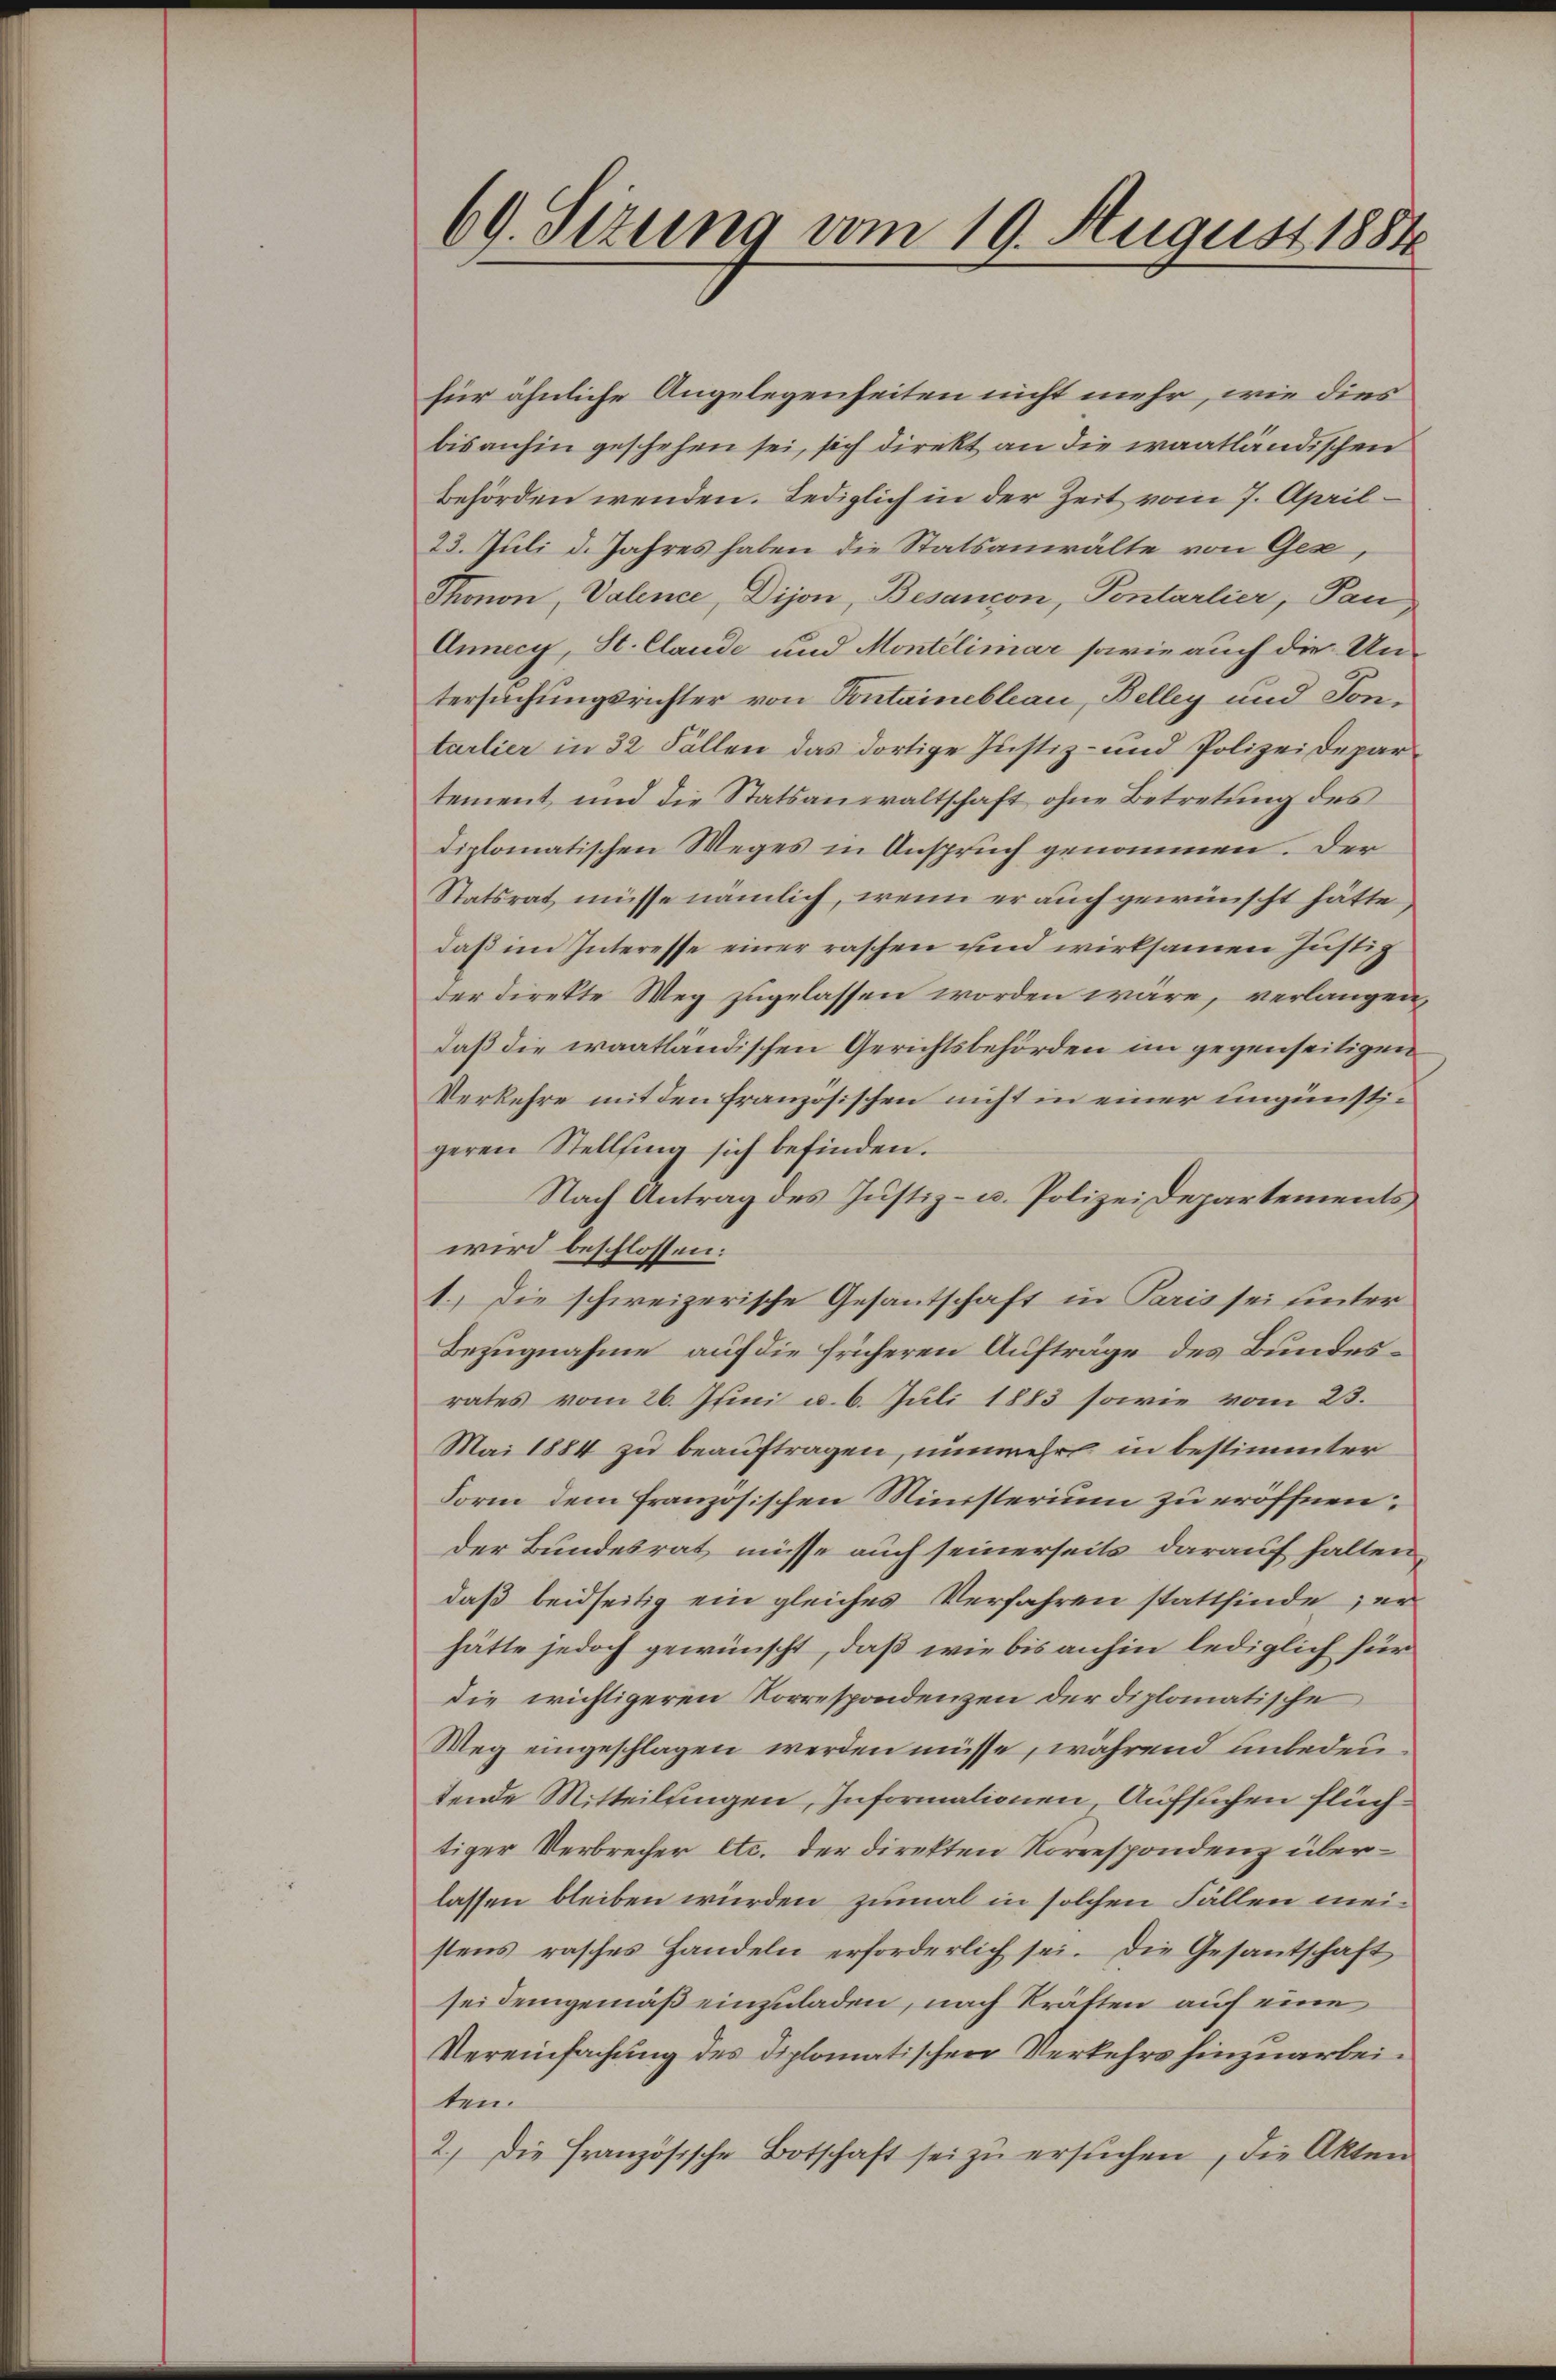
69. Sizung vom 19. August 1884

für ähnliche Angelegenheiten nicht mehr, wie dies
bisanhin geschehen sei, sich direkt an die waatländischen
behörden wenden. Lediglich in der Zeit vom 7. April
23. Juli d. Jahres haben die Statsanwälte von Gex,
Thonon, Valence, Dijon, Besancon, Pontarlier, Pan
Annecy, St. Claude und Montélimar sowie auch die Un-
tersuchungsrichter von Pontainebleau, Belley und Tontarlier in 32 Fällen das dortige Justiz- und Polizeidepartement und die Statsanwaltschaft ohne Betretung des
Liplomatischen Weges in Anspruch genommen. Der
Statsrat müsse nämlich, wenn er auch gewünscht hätte,
daß im Interesse einer raschen und wirksamen Justiz
der direkte Weg zugelassen worden wäre, verlangen,
daß die waatländischen Gerichtsbehörden im gegenseitigen
Verkehre mit den französischen nicht in einer ungünstigeren Stellfing sich befinden.
Nach Antrag des Justiz- u. Polizeidepartements
wird beschlossen:
1.) Die schweizerische Gesantschaft in Paris sei hinter
Bezugnahme auf die früheren Aufträge des Bundesrates vom 26. Juni u. 6. Juli 1883 sowie vom 23.
Mai 1884 zu beauftragen, nunmehr in bestimmter
Form dem französischen Ministerium zu eröffnen;
der Bundesrat müsse auch seinerseits darauf halten
daß beidseitig ein gleiches Verfahren stattfinde; er
hätte jedoch gewünscht, daß wie bis anhin lediglich für
die wichtigeren Korrespondenzen der diplomatische
Weg eingeschlagen werden müsse, während unbedeutende Mitteilungen, Informationen, Aufsuchen Flüchtiger Verbrecher etc. der direkten Korrespondenz überlassen bleiben würden zumal in solchen Fällen meistens rasches Handeln erforderlich sei. Die Gesantschaft
sei demgemäß einzuladen, nach Kräften auf eine
Vereinfachung des Diplomatischen Verkehrs hinzuarbeiten.
2.) Die Französische Botschaft sei zŭ ersŭchen, die Akten